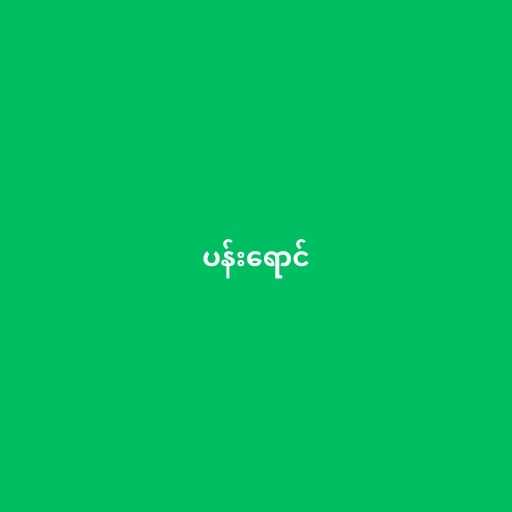
ပန်းရောင်